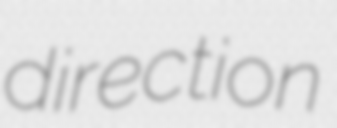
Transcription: direction